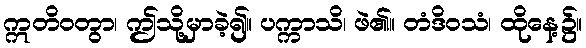
ဣတိဝတွာ၊ ဤသို့မှာခဲ့၍။ ပက္ကာသိ၊ ဖဲ၏။ တံဒိဝသံ၊ ထိုနေ့၌။